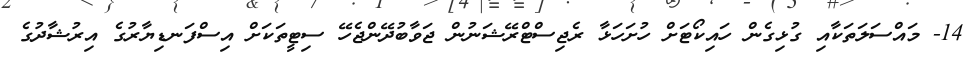
14- މައްސަލަތަކާއި ގުޅިގެން ހައިކޯޓަށް ހުށަހަޅާ ރެޖިސްޓްރޭޝަނުން ޖަވާބުދޭންޖެހޭ ސިޓީތަކަށް އިސްފަނޑިޔާރުގެ އިރުޝާދުގެ